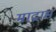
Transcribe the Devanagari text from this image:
माद्रास